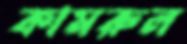
কামরুল